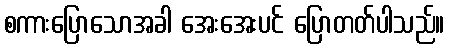
စကားပြောသောအခါ အေးအေးပင် ပြောတတ်ပါသည်။